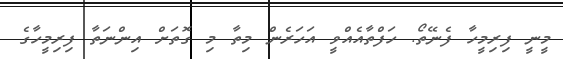
މީނީ ފިރިމީހާ ފެނޭތޯ. ހަފްތާއެއްވީ އަހަރެން މިތާ މި ގޮތަށް އިންނަތާ ފިރިމީހާގެ